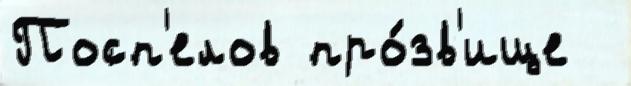
Посп'елов про́зв'ище